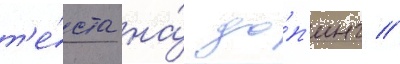
т'е́ста на́ до́п'инг //